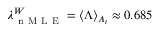
\lambda _ { \mathrm { ~ n ~ M ~ L ~ E ~ } } ^ { W } = \langle \Lambda \rangle _ { A _ { t } } \approx 0 . 6 8 5